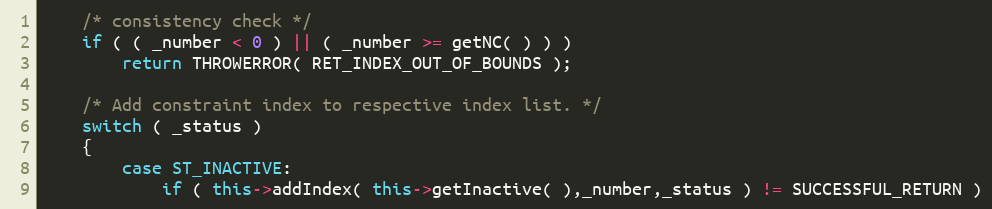
Language: C++
	/* consistency check */
	if ( ( _number < 0 ) || ( _number >= getNC( ) ) )
		return THROWERROR( RET_INDEX_OUT_OF_BOUNDS );

	/* Add constraint index to respective index list. */
	switch ( _status )
	{
		case ST_INACTIVE:
			if ( this->addIndex( this->getInactive( ),_number,_status ) != SUCCESSFUL_RETURN )